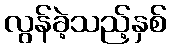
လွန်ခဲ့သည့်နှစ်